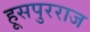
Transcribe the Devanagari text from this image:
हूसपुरराज